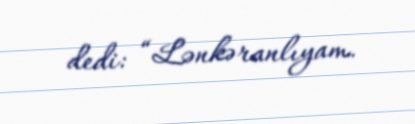
dedi: “Lənkəranlıyam.